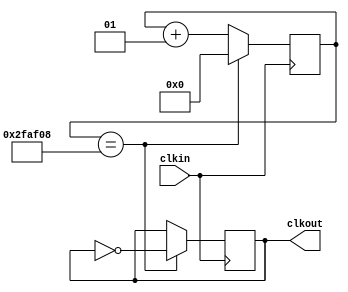
module fdiv_8 (clkin,clkout);
input clkin;
output reg clkout;

integer cont;

initial
   cont=0;
  
always @(posedge clkin)
  begin
	if (cont==3125000)
		begin
			cont<=0;
			clkout<=~clkout;
		end
		else
		begin
			cont<=cont+1;
			clkout<=clkout;
		end
   end
endmodule